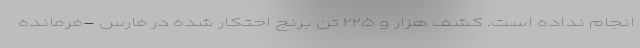
انجام نداده است. کشف هزار و ۲۲۵ تن برنج احتکار شده در فارس -فرمانده